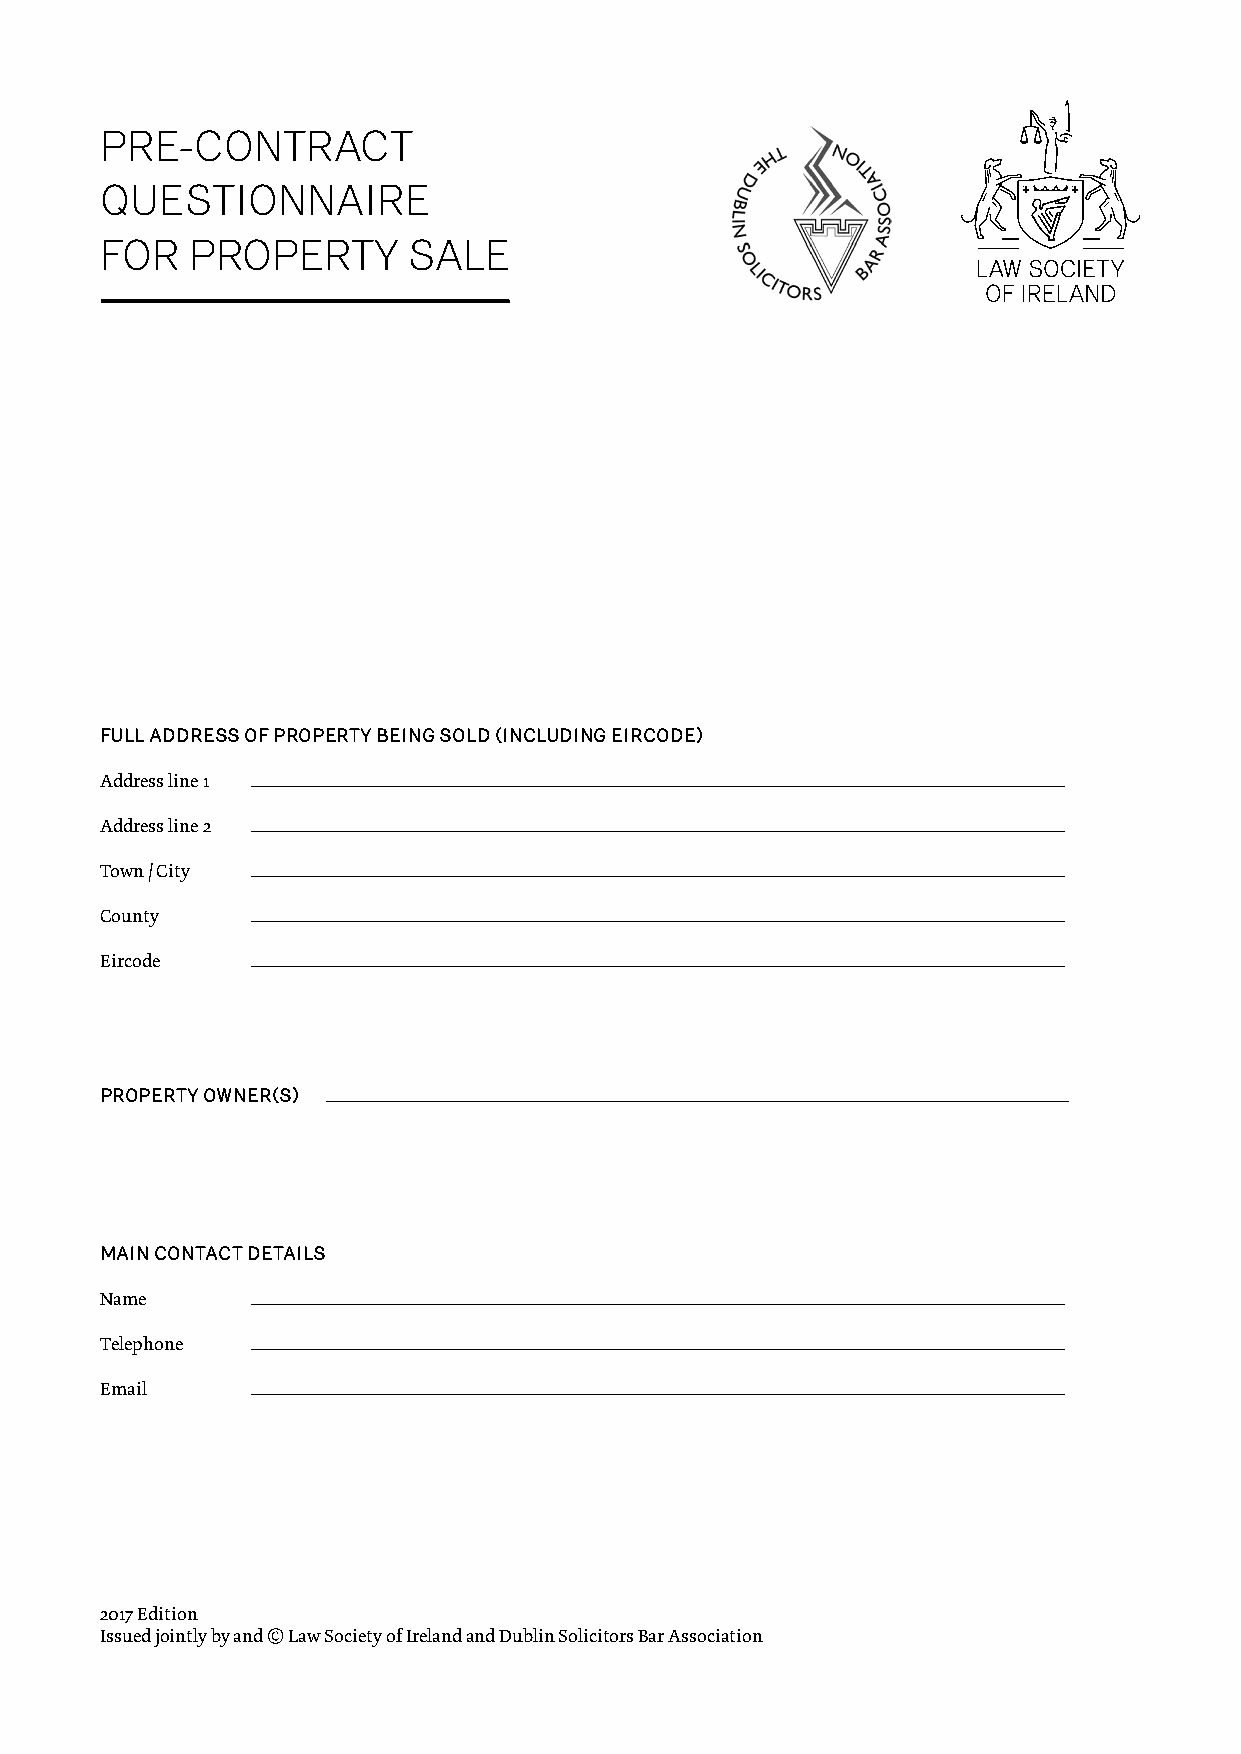
PRE-CONTRACT
 QUESTIONNAIRE
 FOR  PROPERTY       SALE
 FULL ADDRESS OF PROPERTY BEING SOLD (INCLUDING EIRCODE)
 Address line 1
 Address line 2
 Town / City
 County
 Eircode
 PROPERTY OWNER(S)
 MAIN CONTACT DETAILS
 Name
 Telephone
 Email
 2017 Edition
 Issued jointly by and © Law Society of Ireland and Dublin Solicitors Bar Association